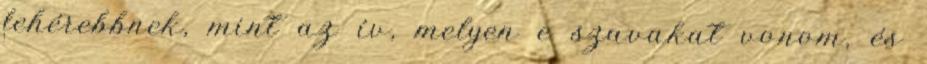
fehérebbnek, mint az ív, melyen e szavakat vonom, és